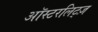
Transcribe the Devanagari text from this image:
ऑस्टरलिट्ज़